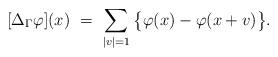
LaTeX: \begin{align*}\lbrack \Delta _{\Gamma }{\varphi }](x)\ =\ \sum_{|v|=1}\big\{{\varphi }(x)-{\varphi }(x+v)\big\}. \end{align*}